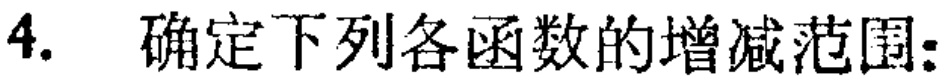
4. 确定下列各函数的增减范围：